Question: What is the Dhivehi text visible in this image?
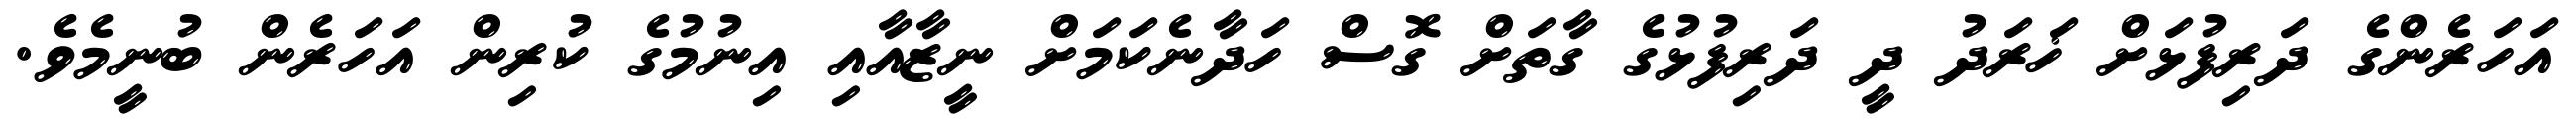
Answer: އަހަރެންގެ ދަރިފުޅަށް ޚަރަދު ދީ ދަރިފުޅުގެ ގާތަށް ގޮސް ހަދާނެކަމަށް ނީޒާއާއި އިނުމުގެ ކުރިން އަހަރެން ބުނީމެވެ.